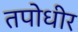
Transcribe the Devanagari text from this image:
तपोधीर